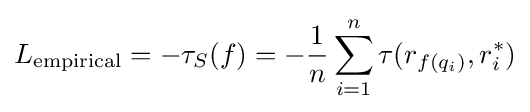
L_{\text{empirical}}=-\tau _{S}(f)=-{1 \over n}\sum _{i=1}^{n}\tau (r_{f(q_{i})},r_{i}^{*})